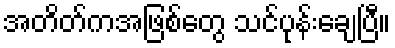
အတိတ်ကအဖြစ်တွေ သင်ပုန်းချေပြီ။